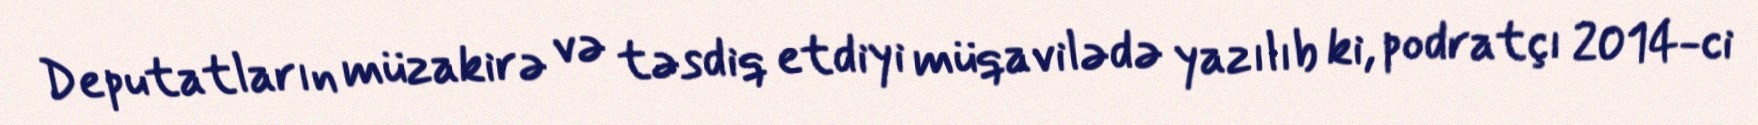
Deputatların müzakirə və təsdiq etdiyi müqavilədə yazılıb ki, podratçı 2014-ci